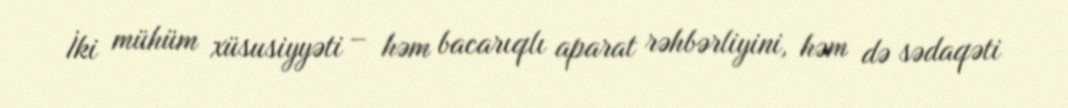
İki mühüm xüsusiyyəti – həm bacarıqlı aparat rəhbərliyini, həm də sədaqəti